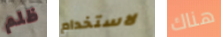
ظلم لاستخدام هناك